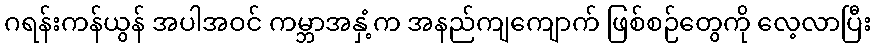
ဂရန်းကန်ယွန် အပါအဝင် ကမ္ဘာအနှံ့က အနည်ကျကျောက် ဖြစ်စဉ်တွေကို လေ့လာပြီး